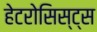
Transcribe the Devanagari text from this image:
हेटरोसिस्ट्स